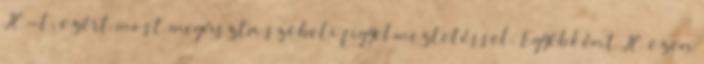
JC-t, ezért most megúszta szóbeli figyelmeztetéssel. Egyébként JC ezen